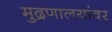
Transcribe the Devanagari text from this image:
मुद्रणालयांवर